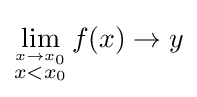
\lim _{\stackrel {x\to x_{0}}{x<x_{0}}}f(x)\to y